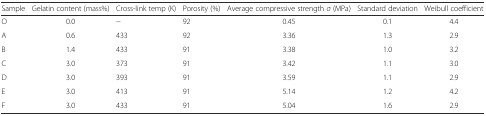
<table><thead><tr><td><b>Sample</b></td><td><b>Gelatin content (mass%)</b></td><td><b>Cross-link temp (K)</b></td><td><b>Porosity (%)</b></td><td><b>Average compressive strength <i>σ</i> (MPa)</b></td><td><b>Standard deviation</b></td><td><b>Weibull coefficient</b></td></tr></thead><tbody><tr><td>O</td><td>0.0</td><td>−</td><td>92</td><td>0.45</td><td>0.1</td><td>4.4</td></tr><tr><td>A</td><td>0.6</td><td>433</td><td>92</td><td>3.36</td><td>1.3</td><td>2.9</td></tr><tr><td>B</td><td>1.4</td><td>433</td><td>91</td><td>3.38</td><td>1.0</td><td>3.2</td></tr><tr><td>C</td><td>3.0</td><td>373</td><td>91</td><td>3.42</td><td>1.1</td><td>3.0</td></tr><tr><td>D</td><td>3.0</td><td>393</td><td>91</td><td>3.59</td><td>1.1</td><td>2.9</td></tr><tr><td>E</td><td>3.0</td><td>413</td><td>91</td><td>5.14</td><td>1.2</td><td>4.2</td></tr><tr><td>F</td><td>3.0</td><td>433</td><td>91</td><td>5.04</td><td>1.6</td><td>2.9</td></tr></tbody></table>